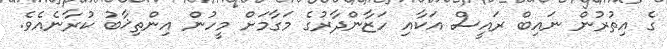
ގެ އިތުރުން ނައިބް ރައީސް އަކާއި ހަޒާންދާރުގެ މަގާމަށް މީހުން އިންތިޚާބު ކުރާނެއެވެ.